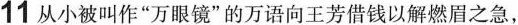
11从小被叫作”万眼镜”的万语向王芳借钱以解燃眉之急，